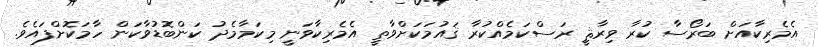
އެމެރިކާއަށް ބަރޯސާ ކުރާ ވިރާޘީ ރަސްކަމެއްކުރާ ޤައުމަކަށްވާތީ އެެމެރިކާވަނީ މިކަމާމެދު ކަންބޮޑުވާކަން ހާމަކޮށްފައެވެ.